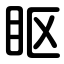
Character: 眍